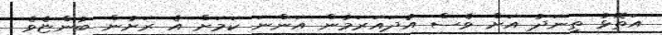
އަތޮޅު ތިނަދު އަށް ވެސް އުދައަރަމުން އަންނަ ކަމަށް އެ ރަށުން ބުންޏެވެ